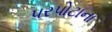
પરપોટાના